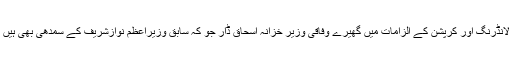
ذرائع کے مطابق لندن اجلاس میں فیصلہ کیا گیا ہے کہ منی لانڈرنگ اور کرپشن کے الزامات میں گھیرے وفاقی وزیر خزانہ اسحاق ڈار جو کہ سابق وزیراعظم نوازشریف کے سمدھی بھی ہیں اب سے چند روز بعد اپنی وزارت سے مستعفی ہوجائیں گے۔